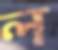
ল